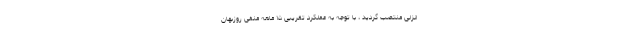
انزلی منتصب گردید ، با توجه به عملکرد تقریبی ۱۵ ماهه منفی روزبهان